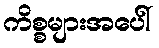
ကိစ္စများအပေါ်